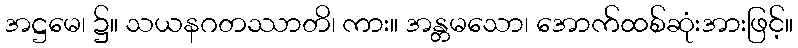
အဋ္ဌမေ၊ ၌။ သယနဂတဿာတိ၊ ကား။ အန္တမသော၊ အောက်ထစ်ဆုံးအားဖြင့်။